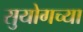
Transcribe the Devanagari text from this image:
सुयोगच्या